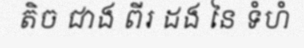
តិច ជាង ពីរ ដង នៃ ទំហំ